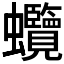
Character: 𧖐